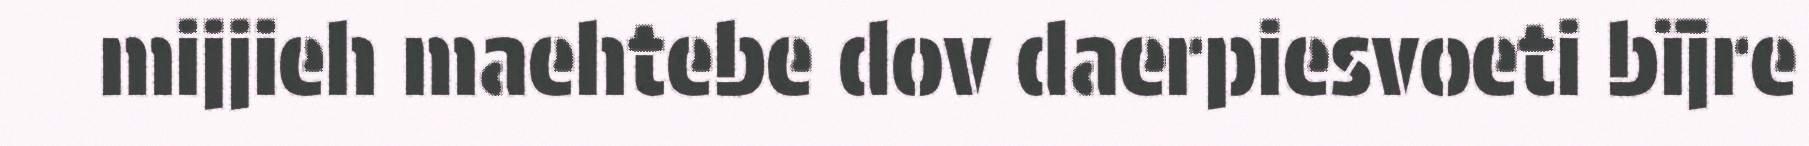
mijjieh maehtebe dov daerpiesvoeti bïjre